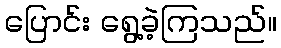
ပြောင်း ရွေ့ခဲ့ကြသည်။